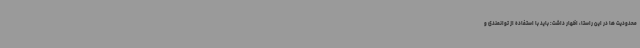
محدودیت ها در این راستا، اظهار داشت: باید با استفاده از توانمندی و